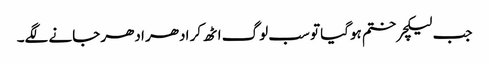
جب لیکچر ختم ہوگیا تو سب لوگ اٹھ کر ادھر ادھر جانے لگے۔